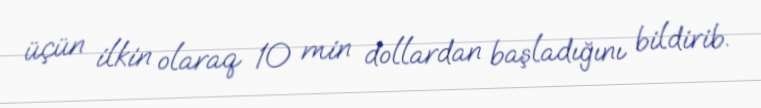
üçün ilkin olaraq 10 min dollardan başladığını bildirib.